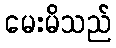
မေးမိသည်